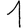
Digit: 1